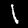
Digit: 1